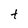
Character: t